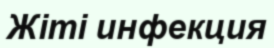
Жіті инфекция